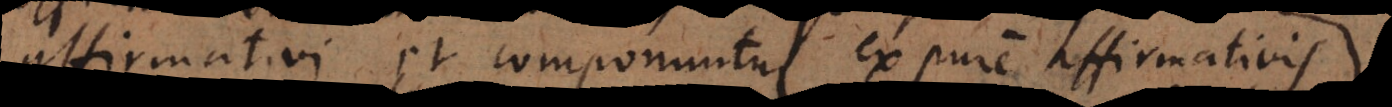
affirmativi et componuntur ex pure affirmativis,